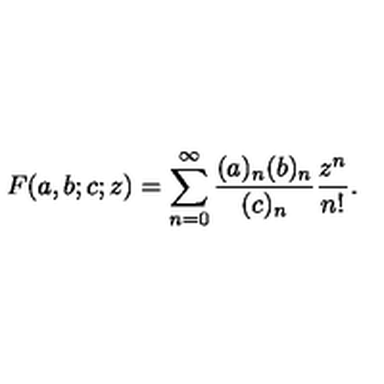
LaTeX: F ( a , b ; c ; z ) = \sum _ { n = 0 } ^ { \infty } { \frac { ( a ) _ { n } ( b ) _ { n } } { ( c ) _ { n } } } { \frac { z ^ { n } } { n ! } } .